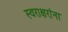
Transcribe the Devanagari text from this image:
स्वराक्षरांना